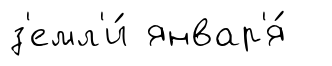
з'емл'и́ январ'я́